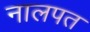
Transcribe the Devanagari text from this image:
नालपत